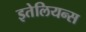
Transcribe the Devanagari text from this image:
इतेलियन्स